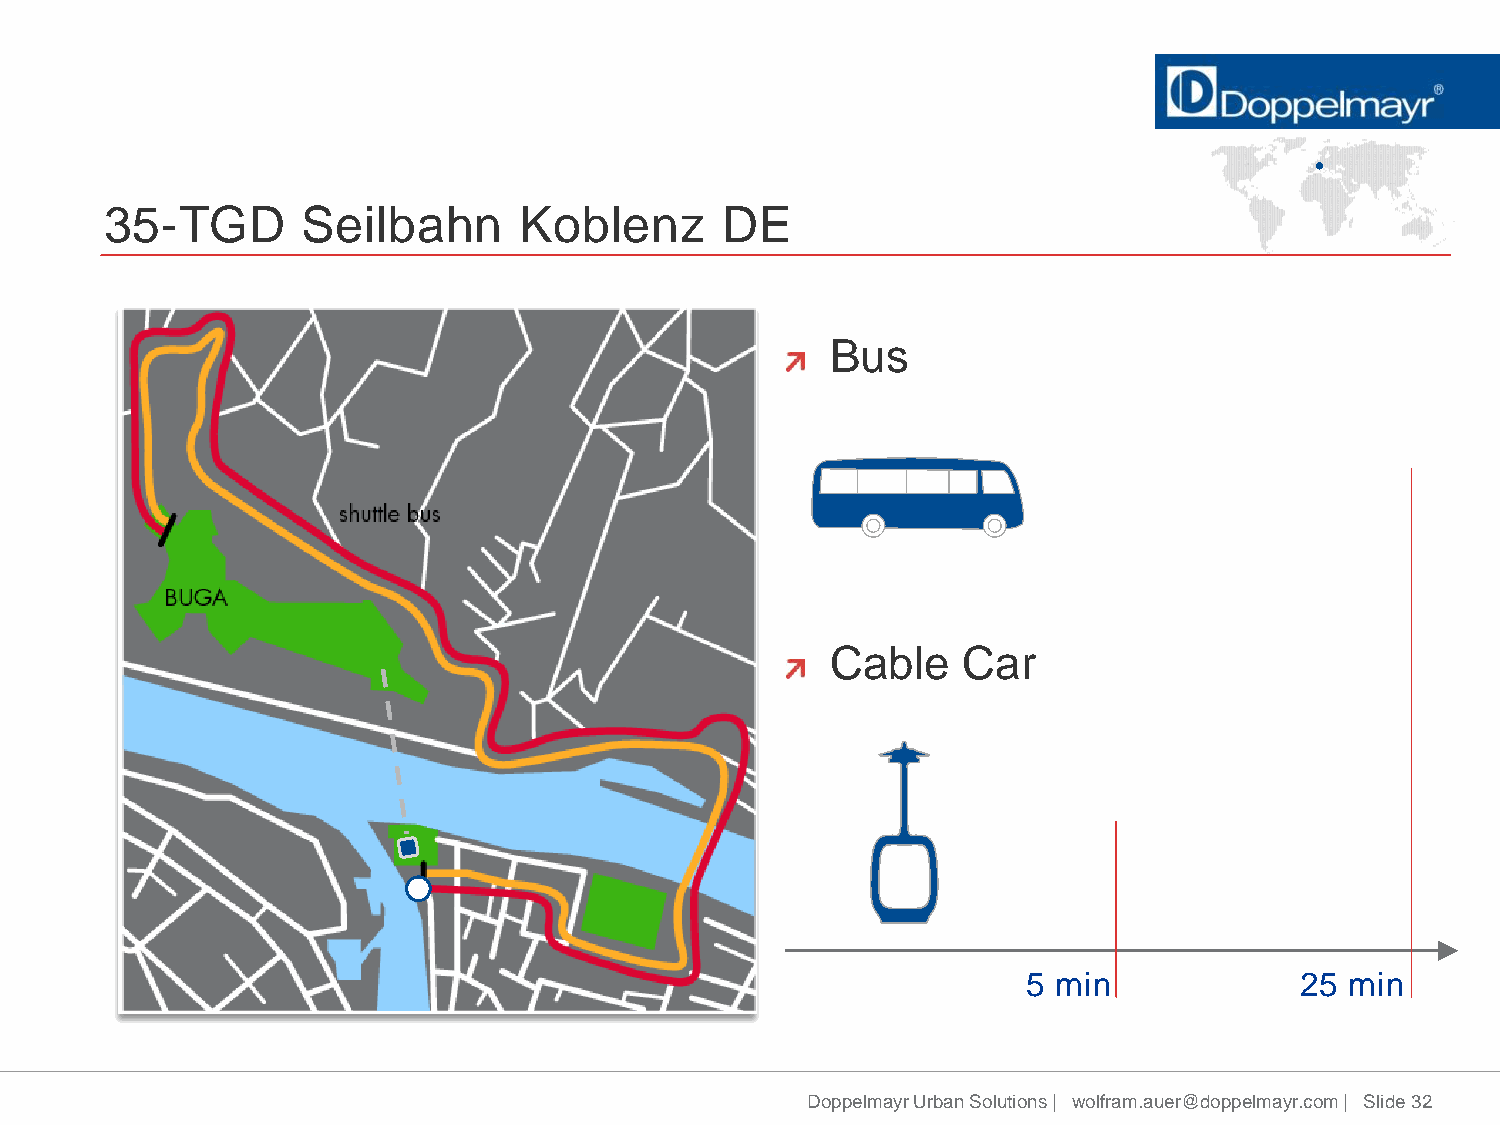
35-TGD       Seilbahn      Koblenz       DE
 Bus
 Cable    Car
 5 min             25 min
 Doppelmayr Urban Solutions | wolfram.auer@doppelmayr.com | Slide 32